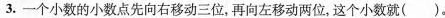
3.一个小数的小数点先向右移动三位，再向左移动两位，这个小数就( )。